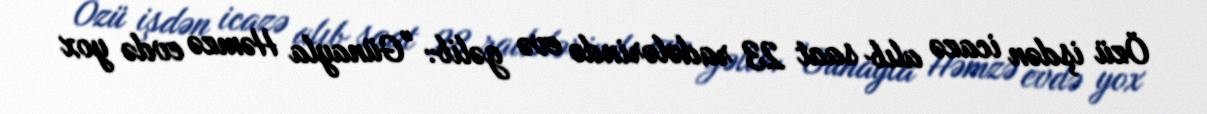
Özü işdən icazə alıb saat 23 radələrində evə gəlib: "Günayla Həmzə evdə yox